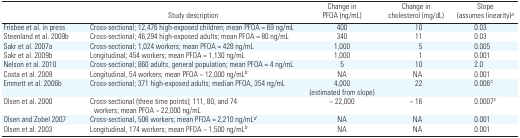
|  | Study description | Change in PFOA (ng/mL) | Change in cholesterol (mg/dL) | Slope (assumes linearity)a |
 | --- | --- | --- | --- | --- |
 | Frisbee et al. in press | Cross-sectional; 12,476 high-exposed children; mean PFOA = 69 ng/mL | 400 | 10 | 0.03 |
 | Steenland et al. 2009b | Cross-sectional; 46,294 high-exposed adults; mean PFOA = 80 ng/mL | 340 | 11 | 0.03 |
 | Sakr et al. 2007a | Cross-sectional; 1,024 workers; mean PFOA = 428 ng/mL | 1,000 | 5 | 0.005 |
 | Sakr et al. 2009b | Longitudinal; 454 workers; mean PFOA = 1,130 ng/mL | 1,000 | 1 | 0.001 |
 | Nelson et al. 2010 | Cross-sectional; 860 adults, general population; mean PFOA = 4 ng/mL | 5 | 10 | 2.0 |
 | Costa et al. 2009 | Longitudinal, 54 workers; mean PFOA ~ 12,000 ng/mLb | NA | NA | 0.001 |
 | Emmett et al. 2006b | Cross-sectional; 371 high-exposed adults; median PFOA, 354 ng/mL | 4,000 (estimated from slope) | 22 | 0.006c |
 | Olsen et al. 2000 | Cross-sectional (three time points); 111, 80, and 74 workers; mean PFOA ~ 22,000 ng/mL | ~ 22,000 | ~ 16 | 0.0007c |
 | Olsen and Zobel 2007 | Cross-sectional, 506 workers; mean PFOA = 2,210 ng/mLd | NA | NA | 0.001 |
 | Olsen et al. 2003 | Longitudinal, 174 workers; mean PFOA ~ 1,500 ng/mLb | NA | NA | 0.001 |